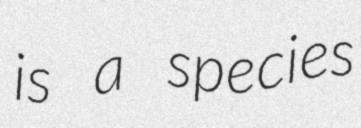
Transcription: is a species